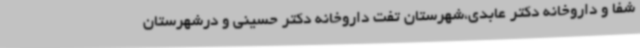
شفا و داروخانه دکتر عابدی،شهرستان تفت داروخانه دکتر حسینی و درشهرستان